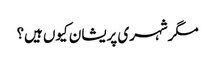
مگرشہری پریشان کیوں ہیں؟